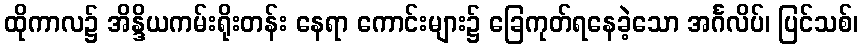
ထိုကာလ၌ အိန္ဒိယကမ်းရိုးတန်း နေရာ ကောင်းများ၌ ခြေကုတ်ရနေခဲ့သော အင်္ဂလိပ်၊ ပြင်သစ်၊